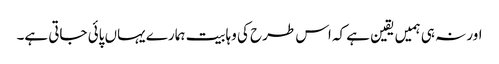
اور نہ ہی ہمیں یقین ہے کہ اس طرح کی وہابیت ہمارے یہاں پائی جاتی ہے۔